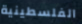
الفلسطينية